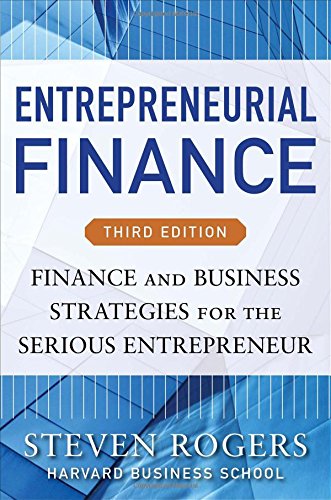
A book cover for Entrepreneurial Finance, Third Edition: Finance and Business Strategies for the Serious Entrepreneur; Steven Rogers; Business & Money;